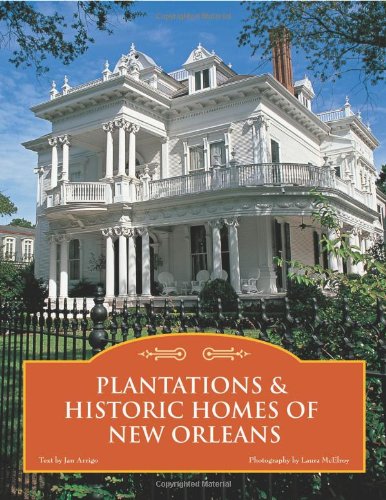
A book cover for Plantations & Historic Homes of New Orleans; Jan Arrigo; Travel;